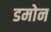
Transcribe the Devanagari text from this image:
डमोन